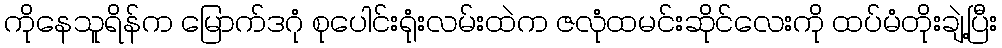
ကိုနေသူရိန်က မြောက်ဒဂုံ စုပေါင်းရုံးလမ်းထဲက ဇလုံထမင်းဆိုင်လေးကို ထပ်မံတိုးချဲ့ပြီး